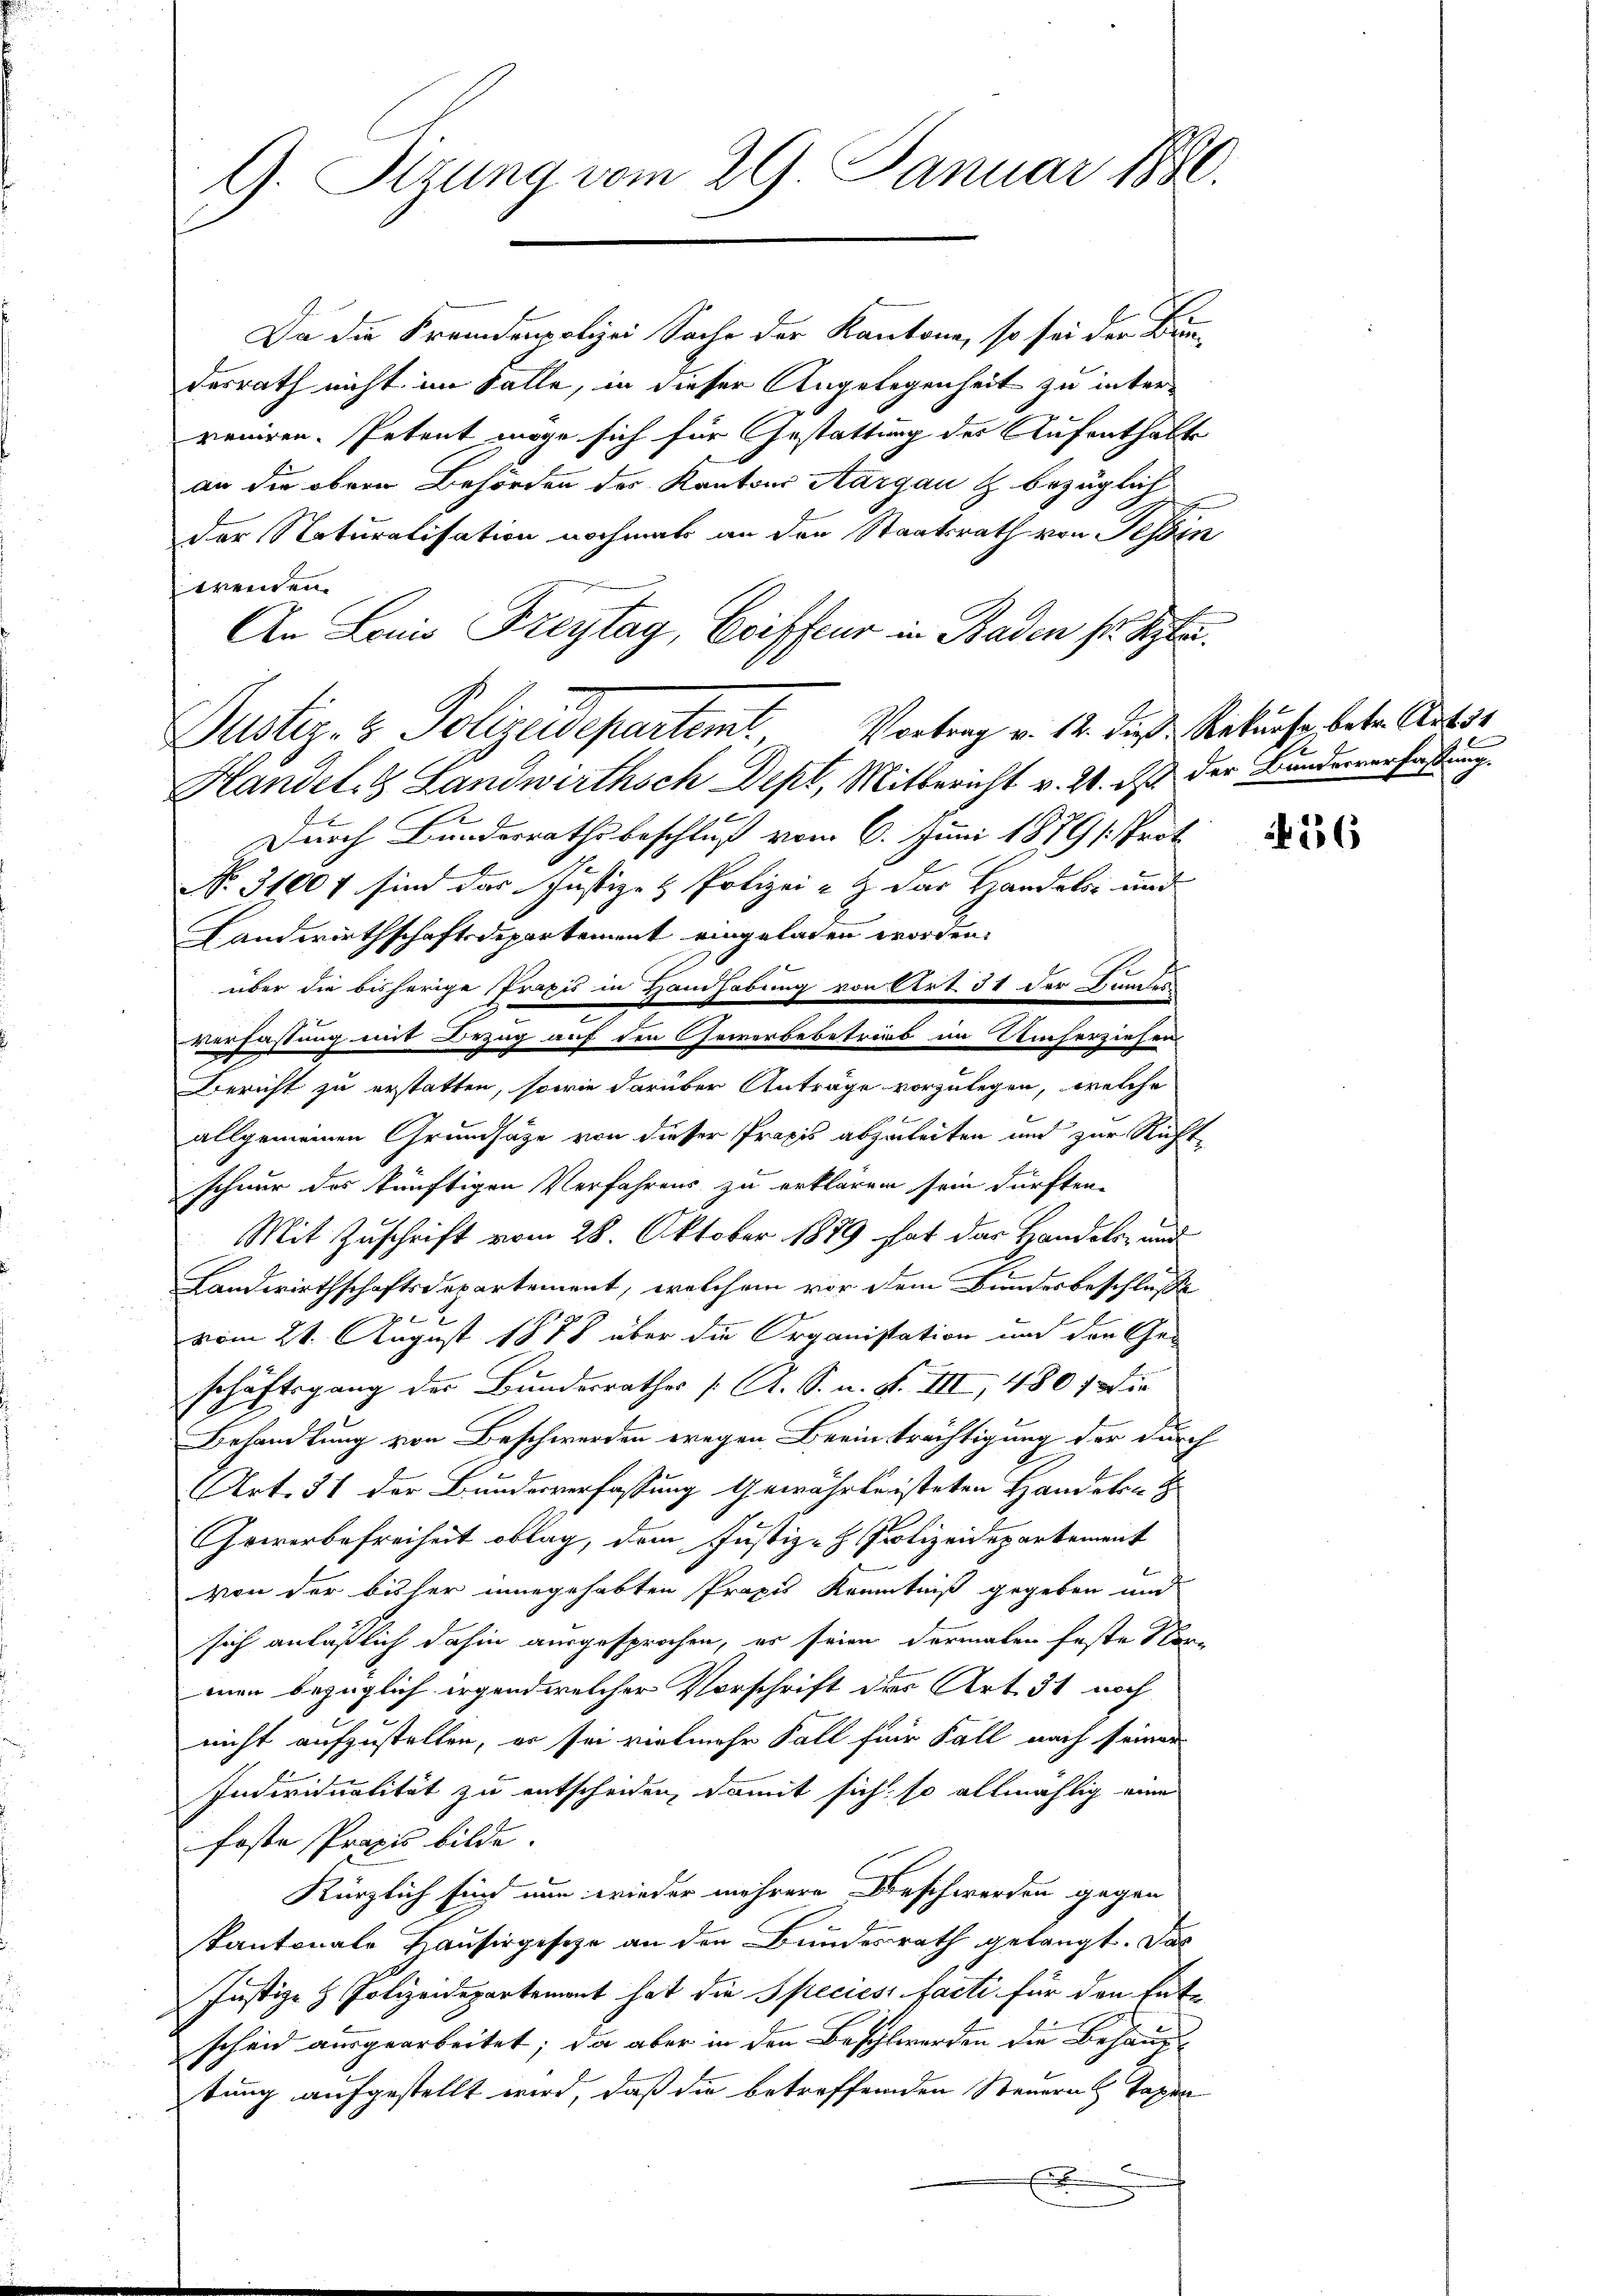
G. Sizung vom 29. Januar 1880.

wenden.
An Lains Freytag, Coiffeur in Baden sr. Septe
Handel- & Landwirthsch Dept, Mitbericht v. 21. ds der Bundesverfaßung
Durch Bundesrathsbeschluß vom 6. Juni 1879 (Prot
NNo. 3100f sind das Justiz- & Polizei- & der Handels- und
Landwirthschaftsdepartement eingeladen worden.
über die bisherige Praxis in Hanhabung von Art. 31 der Bundes
verfassung mit Bezug auf den Gewerbebetrieb im Umherziehen
Bericht zu erstatten, sowie darüber Anträge vorzulegen, welche
allgemeinen Grundsätze von dieser Praxis abzuleiten und zur Ruft-
schnur des künftigen Verfahrens zu erklären sein dürften.
Mit Zuschrift vom 28. Oktober 1889 hat das Handels- und
Landwirthschaftsdepartement, welchem vor dem Bundesbeschlusse
 x
2
vom 21. August 1878 über die Organistation und den Ge-
schaftsgang der Bundesrathes (A. S. n. F. III, 4801 die
Behandlung von Beschwerden wegen Breinträchtigung der durch
Art. 31 der Bundesverfassung Gewährleisteten Handeln
Gewerbefreiheit oblag, dem Justiz - Polizeidepartement
von der bisher innegehabten Propis Kenntniß gegeben und
sich anläßlich dahin ausgesprochen, es seien dermalen feste Nor-
man bezüglich irgend welcher Vorschrift des Art. 31 noch
nicht aufzustellen, er sei vielmehr Fall für Fall nach seiner
Individualität zu entscheiden, damit sich so allmählig eine
foste Praxis bilde.
Kürzlich sind nun wieder mehrere Beschwerden gegen
kantonale Hausirgesehe an den Bundesrath gelangt. Das
Justiz- & Polizeidepartement hat die Species facti für den Ent-
scheid ausgearbeitet; da aber in den Beschlwerden die Behaupt-
tung aufgestellt wird, daß die betreffenden Steuern Tagen
E

Justiz- & Polizeidepartemt, Vortrag v. 12. daß Rekurse betr. Amtss

Da die Fremdenpolizei Sache der Kantone, so sei der Bru-
desrath nicht im Falle, in dieser Angelegenheit zu inter¬
7
reniren. Petent möge sich für Gestattung des Aufenthalte
an die obern Behörden des Kantons Aargau & bezüglich
der Naturalisation nochmals an den Staatsrath von Tessin,

56